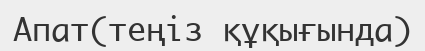
Апат(теңіз құқығында)